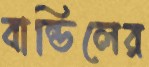
বান্ডিলের